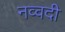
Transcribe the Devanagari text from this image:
नव्वदी